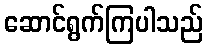
ဆောင်ရွက်ကြပါသည်